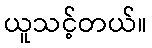
ယူသင့်တယ်။